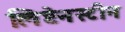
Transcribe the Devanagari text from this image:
लिष्टेनस्टीन